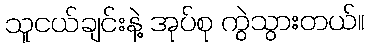
သူငယ်ချင်းနဲ့ အုပ်စု ကွဲသွားတယ်။